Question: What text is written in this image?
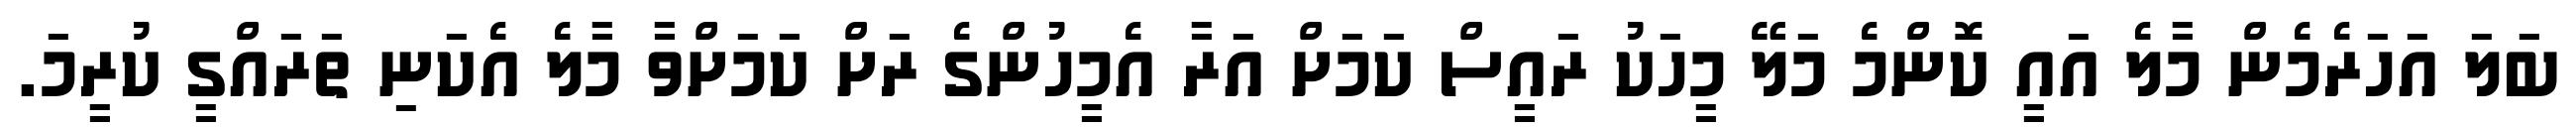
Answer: ބަލަ އަހަރެމެން މާލެ އައީ ކޮންމެ މަލޭ މީހަކު ރައީސް ކަމަށް އަރާ އެމީހުންގެ ރަށް ކަމަށްވާ މާލެ އެކަނި ތަރައްގީ ކުރީމަ.